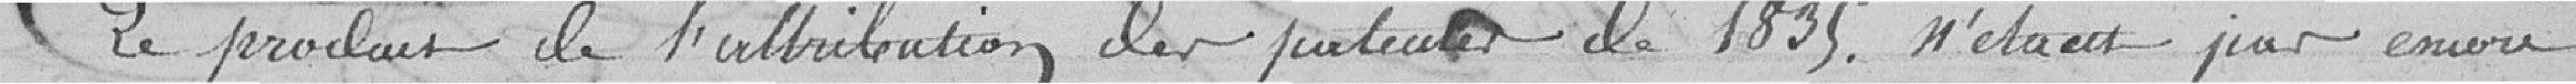
Le produit de l'attribution des patentes de 1835 n'étant pas encore